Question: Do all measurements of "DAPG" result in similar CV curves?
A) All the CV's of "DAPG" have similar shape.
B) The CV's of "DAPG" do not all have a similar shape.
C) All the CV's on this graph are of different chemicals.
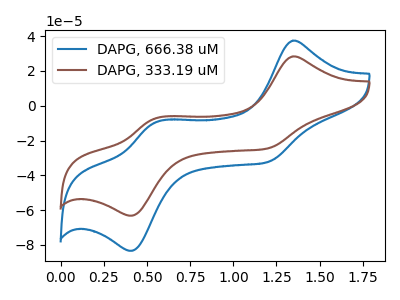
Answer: <think>The blue curve "DAPG, 666.38 uM" has anodic peaks at (1.35V, 37.40uA) (0.55V, -9.65uA) and cathodic peaks at (1.20V, -32.40uA) (0.40V, -83.40uA). The brown curve "DAPG, 333.19 uM" has anodic peaks at (1.35V, 28.35uA) (0.55V, -7.30uA) and cathodic peaks at (1.20V, -24.55uA) (0.40V, -63.20uA).
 All the peaks in "DAPG, 666.38 uM" have a peak in "DAPG, 333.19 uM" at the same potential.</think>
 <answer>A) All the CV's of "DAPG" have similar shape.</answer>
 <eval>A</eval>